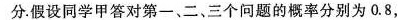
分.假设同学甲答对第一、二、三个问题的概率分别为0.8，